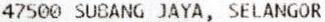
47500 SUBANG JAYA, SELANGOR